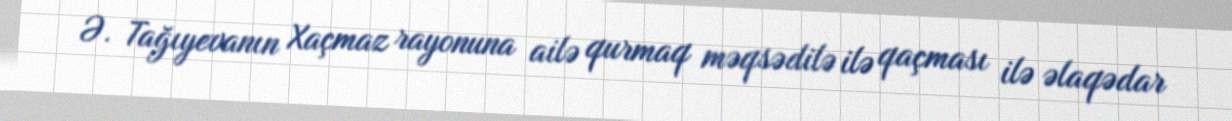
Ə. Tağıyevanın Xaçmaz rayonuna ailə qurmaq məqsədilə ilə qaçması ilə əlaqədar